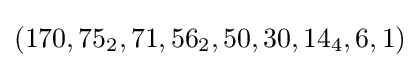
(170,75_{2},71,56_{2},50,30,14_{4},6,1)